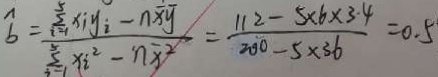
\widehat { b } = \frac { \sum _ { i = 1 } ^ { 5 } x i y _ { i } - n \overline { x } \overline { y } } { \sum _ { i = 1 } ^ { 5 } x _ { i } ^ { 2 } - n \overline { x } ^ { 2 } } = \frac { 1 1 2 - 5 \times 6 \times 3 . 4 } { 2 0 0 - 5 \times 3 . 6 } = 0 . 5